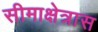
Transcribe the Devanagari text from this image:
सीमाक्षेत्रास